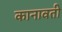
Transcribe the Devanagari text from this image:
कानावती